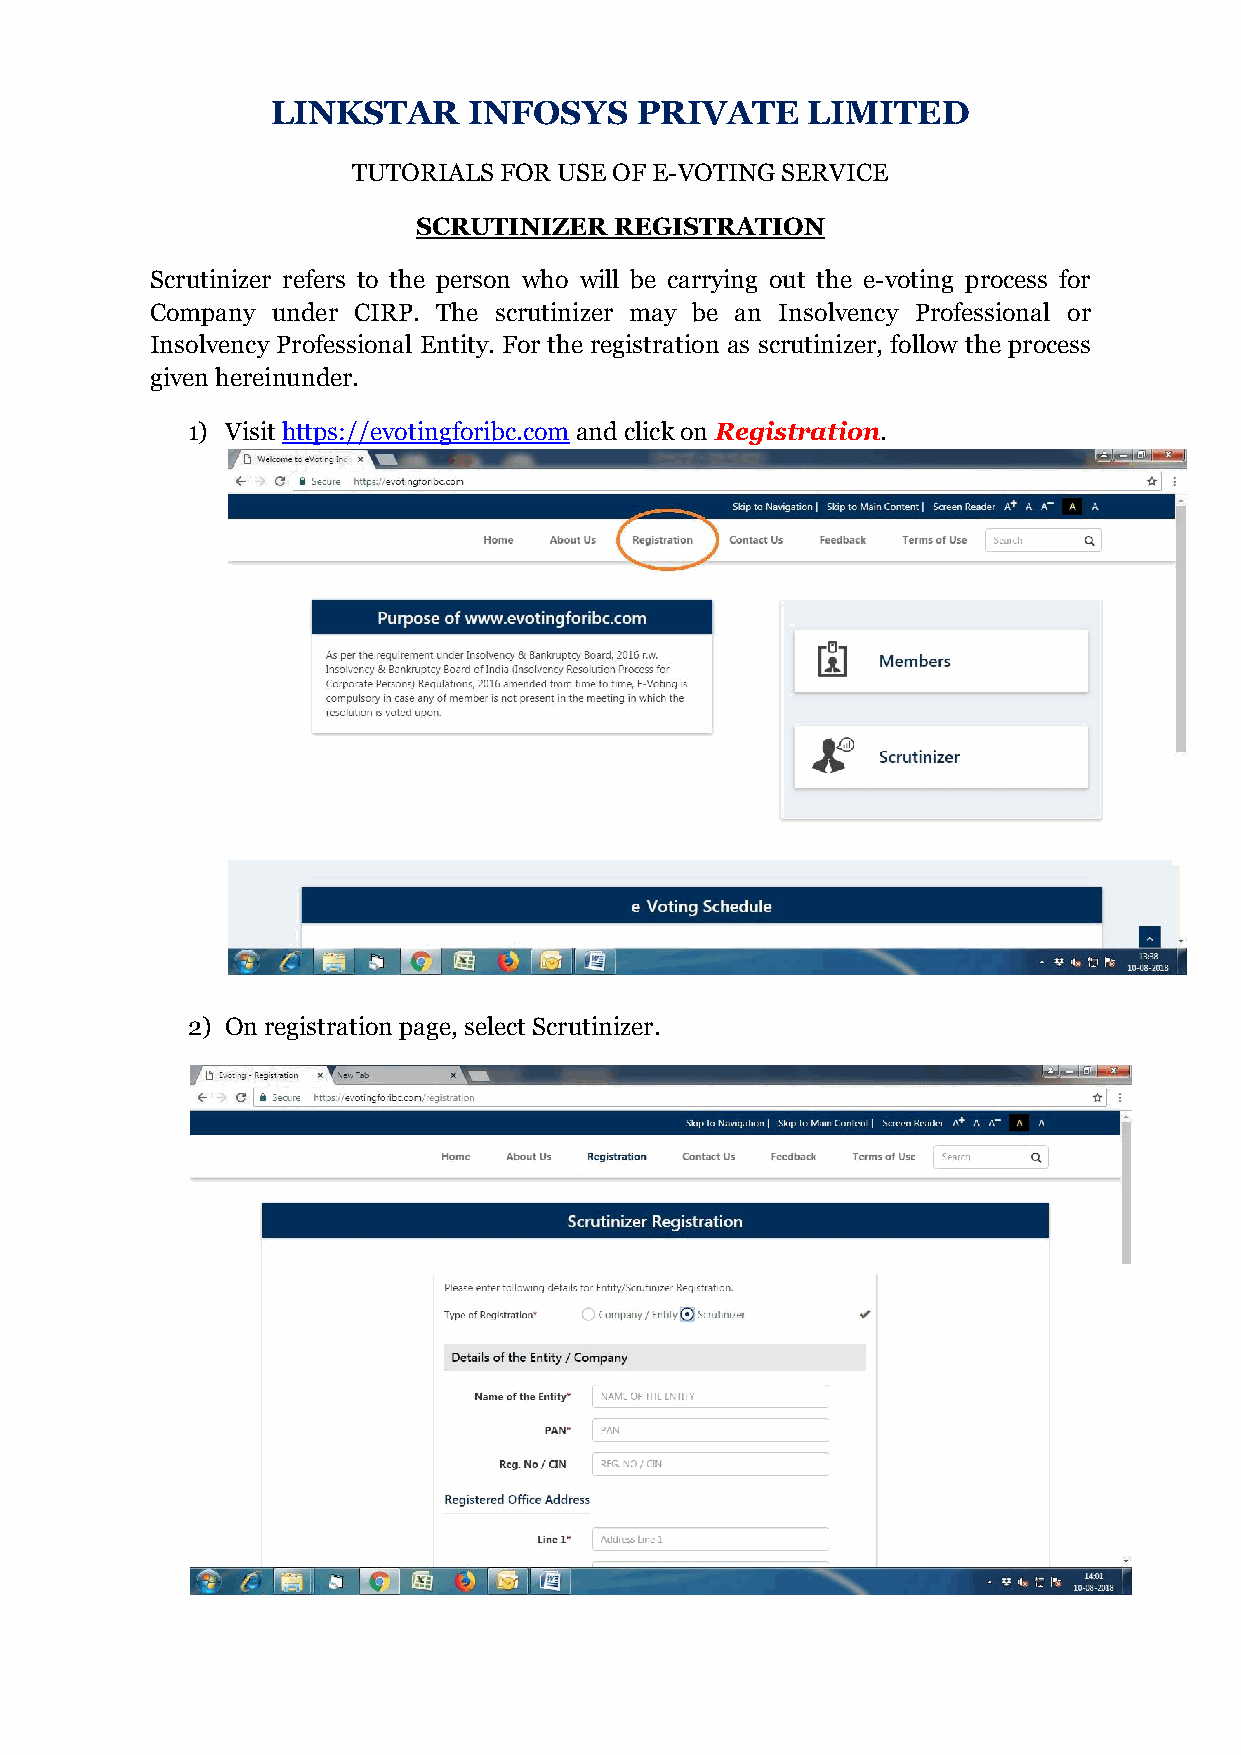
LINKSTAR     INFOSYS    PRIVATE    LIMITED
 TUTORIALS FOR USE OF E-VOTING SERVICE
 SCRUTINIZER  REGISTRATION
 Scrutinizer refers to the person who will be carrying out the e-voting process for
 Company under CIRP. The scrutinizer may be an Insolvency Professional or
 Insolvency Professional Entity. For the registration as scrutinizer, follow the process
 given hereinunder.
 1) Visit https://evotingforibc.com and click on Registration.
 2) On registration page, select Scrutinizer.